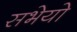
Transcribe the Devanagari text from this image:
सभेयो